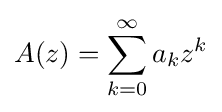
A(z)=\sum _{k=0}^{\infty }a_{k}z^{k}